Report of the Hyderabad Chloroform Commission
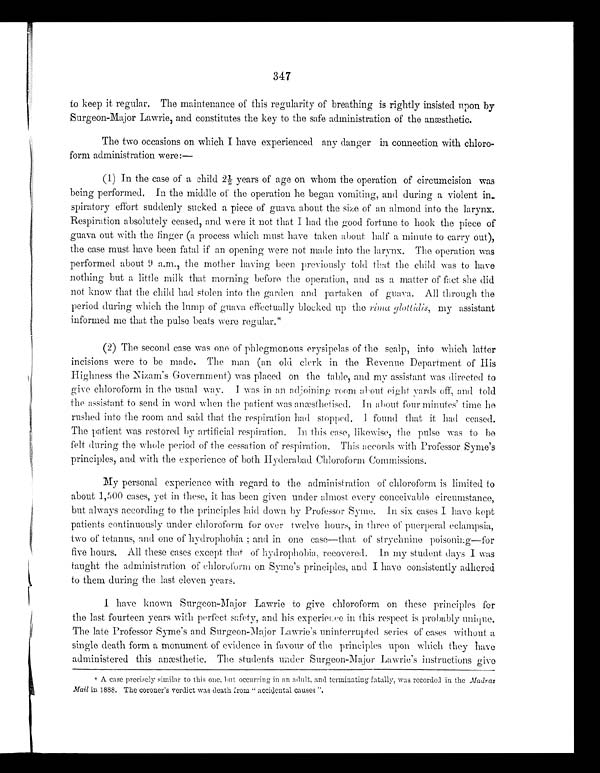
347
to keep it regular. The maintenance of this regularity of breathing is rightly insisted upon by
Surgeon-Major Lawrie, and constitutes the key to the safe administration of the anæsthetic.
The two occasions on which I have experienced any danger in connection with chloro--
form administration were:—
(1)I n t he c a s e of a c hi l d 2½ ye a r s of a ge on whom t he ope r a t i on of c i r c umc i s i on wa s
being performed. In the middle of the operation he began vomiting, and during a violent in
- s p i r a t o r y e f f o r t s u d d e n l y s u c k e d a p i e c e o f g u a v a a b o u t t h e s i z e o f a n a l m o n d i n t o t h e l a r y n x .
Respiration absolutely ceased, and were it not that I had the good fortune to hook the piece of
g u a v a o u t wi t h t h e f i n g e r ( a p r o c e s s wh i c h mu s t h a v e t a k e n a b o u t h a l f a mi n u t e t o c a r r y o u t ) ,
the case must have been fatal if an opening were not made into the larynx. The operation was
performed about 9 a.m., the mother having been previously told that the child was to have
nothing but a little milk that morning before the operation, and as a matter of fact she did
not know that the child had stolen into the garden and partaken of guava. All through the
period during which the lump of guava effectually blocked up the rima glottidis , my assistant
informed me that the pulse beats were regular.*
(2) The second case was one of phlegmonous erysipelas of the scalp, into which latter
incisions were to be made. The man (an old clerk in the Revenue Department of His
Highness the Nizam's Government) was placed on the table, and my assistant was directed to
give chloroform in the usual way. I was in an adjoining room about eight yards off, and told
the assistant to send in word when the patient was anæsthetised. In about four minutes' time he
rushed into the room and said that the respiration had stopped. I found that it had ceased.
The patient was restored by artificial respiration. In this case, likewise, the pulse was to be
felt during the whole period of the cessation of respiration. This accords with Professor Syme's
principles, and with the experience of both Hyderabad Chloroform Commissions.
My personal experience with regard to the administration of chloroform is limited to
about 1,500 cases, yet in these, it has been given under almost every conceivable circumstance,
but always according to the principles laid down by Professor Syme. In six cases I have kept
patients continuously under chloroform for over twelve hours, in three of puerperal eclampsia,
two of tetanus, and one of hydrophobia; and in one case—that of strychnine poisoning—for
five hours. All these cases except that of hydrophobia, recovered. In my student days I was
taught the administration of chloroform on Syme's principles, and I have consistently adhered
to them during the last eleven years.
I have known Surgeon-Major Lawrie to give chloroform on these principles for
the last fourteen years with perfect safety, and his experience in this respect is probably unique.
The late Professor Syme's and Surgeon-Major Lawrie's uninterrupted series of cases without a
single death form a monument of evidence in favour of the principles upon which they have
administered this anæsthetic. The students under Surgeon-Major Lawrie's instructions give
* A case precisely similar to this one, but occurring in an adult, and terminating fatally, was recorded in the Madras
Mail in 1888. The coroner's verdict was death from "accidental causes".